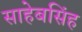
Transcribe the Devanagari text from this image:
साहेबसिंह